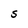
Character: S